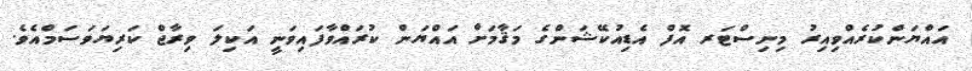
އައްޔަންކުރެއްވިއިރު މިނިސްޓަރ އޮފް އެޑިއުކޭޝަންގެ މަޤާމަށް އައްޔަން ކުރައްވާފައިވަނީ އަކިލަ ވިރާޖް ކަރިޔަވަސަމްއެވެ.